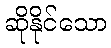
ဆိုနိုင်သော